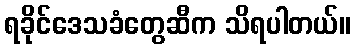
ရခိုင်ဒေသခံတွေဆီက သိရပါတယ်။